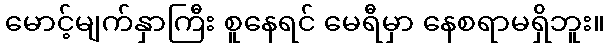
မောင့်မျက်နှာကြီး စူနေရင် မေရီမှာ နေစရာမရှိဘူး။